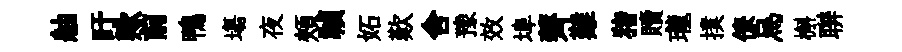
舳盱歟前鴨塲夜頰禎妬歎舍豫效埠薺難猪贖瓏撲僚烏槲聨